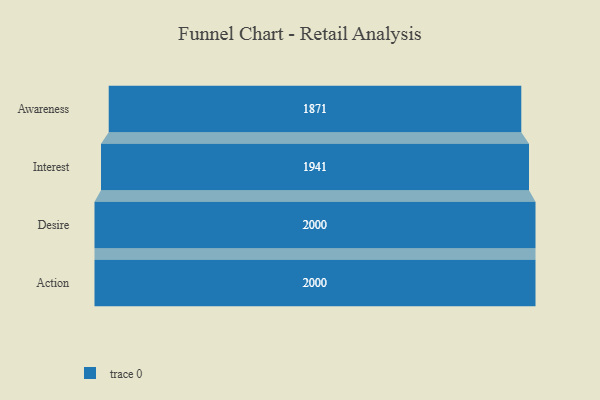
{"axis": {"x": "Stage", "y": "Value"}, "legend": [""], "data": [{"x": "Awareness", "y": 1871.0, "type": ""}, {"x": "Interest", "y": 1941.0, "type": ""}, {"x": "Desire", "y": 2000, "type": ""}, {"x": "Action", "y": 2000, "type": ""}]}